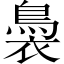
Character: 䙚